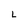
Character: L